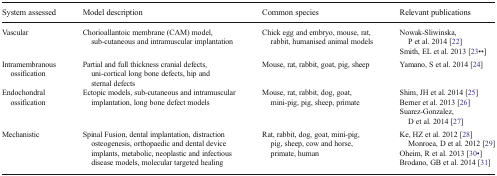
<table><thead><tr><td><b>System assessed</b></td><td><b>Model description</b></td><td><b>Common species</b></td><td><b>Relevant publications</b></td></tr></thead><tbody><tr><td>Vascular</td><td>Chorioallantoic membrane (CAM) model, sub-cutaneous and intramuscular implantation</td><td>Chick egg and embryo, mouse, rat, rabbit, humanised animal models</td><td>Nowak-Sliwinska, P et al. 2014 [22]Smith, EL et al. 2013 [23••]</td></tr><tr><td>Intramembranous ossification</td><td>Partial and full thickness cranial defects, uni-cortical long bone defects, hip and sternal defects</td><td>Mouse, rat, rabbit, goat, pig, sheep</td><td>Yamano, S et al. 2014 [24]</td></tr><tr><td>Endochondral ossification</td><td>Ectopic models, sub-cutaneous and intramuscular implantation, long bone defect models</td><td>Mouse, rat, rabbit, dog, goat, mini-pig, pig, sheep, primate</td><td>Shim, JH et al. 2014 [25]Berner et al. 2013 [26]Suarez-Gonzalez, D et al. 2014 [27]</td></tr><tr><td>Mechanistic</td><td>Spinal Fusion, dental implantation, distraction osteogenesis, orthopaedic and dental device implants, metabolic, neoplastic and infectious disease models, molecular targeted healing</td><td>Rat, rabbit, dog, goat, mini-pig, pig, sheep, cow and horse, primate, human</td><td>Ke, HZ et al. 2012 [28] Monroea, D et al. 2012 [29]Oheim, R et al. 2013 [30•]Brodano, GB et al. 2014 [31]</td></tr></tbody></table>